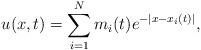
LaTeX: \begin{align*} u(x,t)=\sum_{i=1}^Nm_i(t)e^{-|x-x_i(t)|},\end{align*}